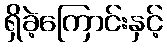
ရှိခဲ့ကြောင်းနှင့်